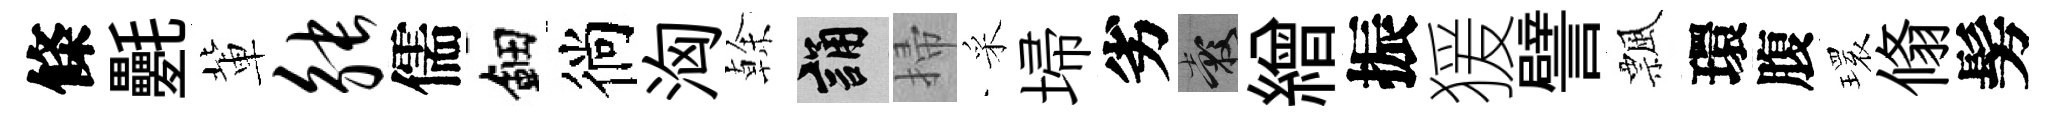
條氎軰觖儒鈿徜洶𠏉誦掃采埽劣穀繒振猨譬飄環腹𤨔翛髣